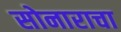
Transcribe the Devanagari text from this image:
सोनाराचा